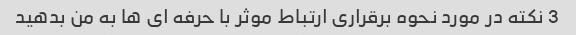
3 نکته در مورد نحوه برقراری ارتباط موثر با حرفه ای ها به من بدهید